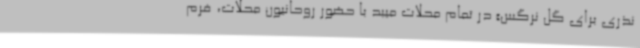
نذری برای گل نرگس» در تمام محلات میبد با حضور روحانیون محلات، فرم